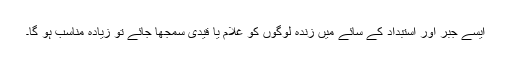
ایسے جبر اور استبداد کے سائے میں زندہ لوگوں کو غلام یا قیدی سمجھا جائے تو زیادہ مناسب ہو گا۔